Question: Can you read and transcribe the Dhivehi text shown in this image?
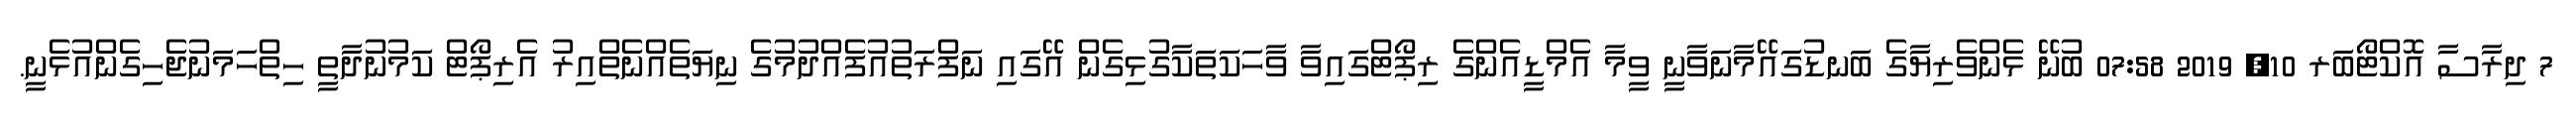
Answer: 7 ދިރާސާ އޮކްޓޯބަރ 10, 2019 07:58 ބުނޭ ޅެންވެރިޔާގެ ބަނޑުގައޭމާނަވާނީ ވީމާ އެމްޑީއެންގެ ރިޕޯޓްގައިވާ ވާހަކަތަކާގުޅިގެން އޭގައި ނަފްރަތުއުފެއްދުމުގެ ނިޔަތެއްނެތްއިރު އެރިޕޯޓް ކަމުނުދާތީ ހިތްހަމަނުޖެހިގެންއުޅެނީ.